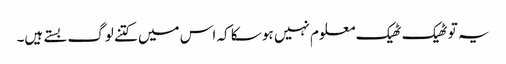
یہ تو ٹھیک ٹھیک معلوم نہیں ہو سکا کہ اس میں کتنے لوگ بستے ہیں۔